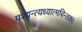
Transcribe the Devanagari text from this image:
पश्यन्त्यध्यात्मचिन्तकाः